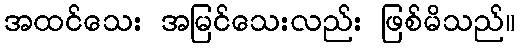
အထင်သေး အမြင်သေးလည်း ဖြစ်မိသည်။